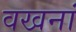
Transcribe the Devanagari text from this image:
वखनां